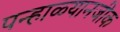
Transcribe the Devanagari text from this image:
पन्हाळ्यानजीक